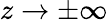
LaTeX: z\to\pm\infty